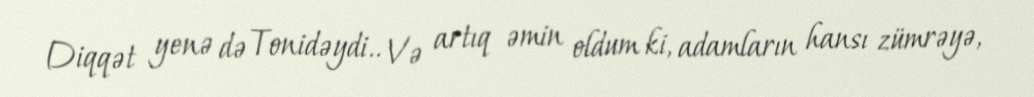
Diqqət yenə də Tonidəydi.. Və artıq əmin oldum ki, adamların hansı zümrəyə,